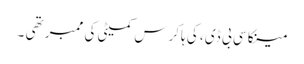
مینکا سی بی ڈی ، کی ہاکرس کمیٹی کی ممبر تھی ۔